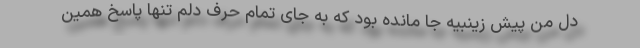
دل من پیش زینبیه جا مانده بود که به جای تمام حرف دلم تنها پاسخ همین